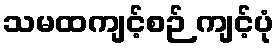
သမထကျင့်စဉ် ကျင့်ပုံ